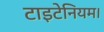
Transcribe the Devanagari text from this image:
टाइटेनियम।